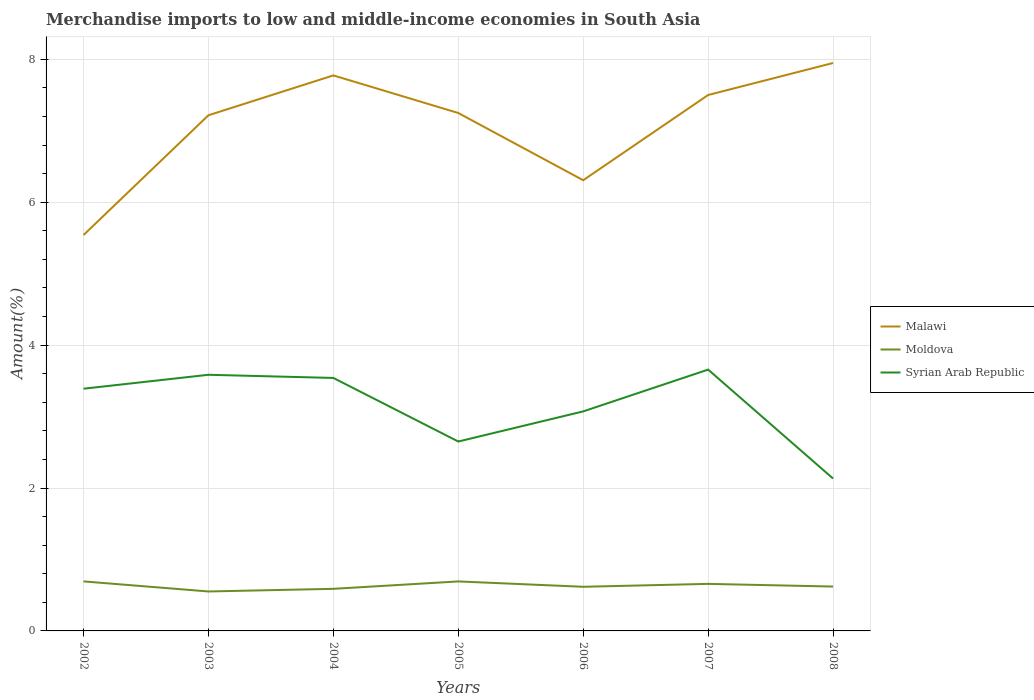
| Years | Malawi | Moldova | Syrian Arab Republic |
 | --- | --- | --- | --- |
 | 2002 | 5.54 | 0.693 | 3.39 |
 | 2003 | 7.22 | 0.552 | 3.58 |
 | 2004 | 7.77 | 0.589 | 3.54 |
 | 2005 | 7.25 | 0.693 | 2.65 |
 | 2006 | 6.31 | 0.618 | 3.07 |
 | 2007 | 7.5 | 0.658 | 3.66 |
 | 2008 | 7.95 | 0.621 | 2.13 |